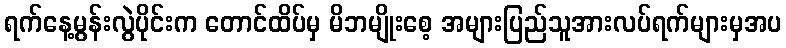
ရက်နေ့မွန်းလွဲပိုင်းက တောင်ထိပ်မှ မိဘမျိုးစေ့ အများပြည်သူအားလပ်ရက်များမှအပ